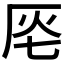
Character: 𠩔